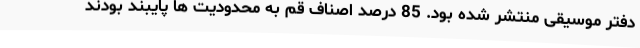
دفتر موسیقی منتشر شده بود. 85 درصد اصناف قم به محدودیت ها پایبند بودند